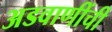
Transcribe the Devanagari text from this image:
अडवाणींची